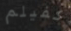
كفيلم